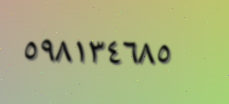
٥٩٨١٣٤٦٨٥